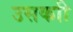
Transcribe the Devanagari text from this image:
उसकाी